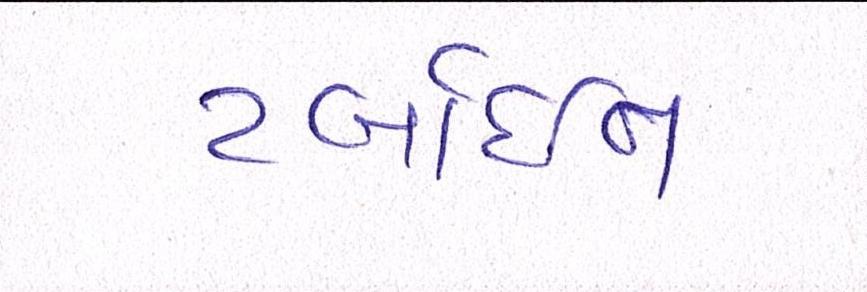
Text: ટર્બાઇન